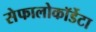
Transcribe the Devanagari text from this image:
सेफालोकॉर्डेटा